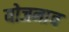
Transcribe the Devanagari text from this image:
योजनाच